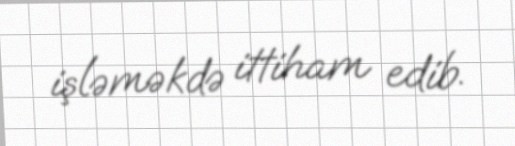
işləməkdə ittiham edib.